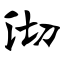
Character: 沏